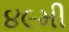
૪૯મી